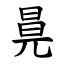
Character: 㫯